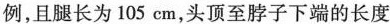
例，且腿长为105cm，头顶至脖子下端的长度